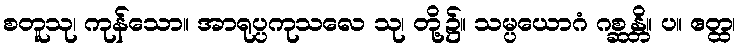
စတူသု၊ ကုန်သော။ အာရုပ္ပကုသလေ သု၊ တို့၌။ သမ္ပယောဂံ ဂစ္ဆန္တိ။ ပ။ ဧတ္ထ၊